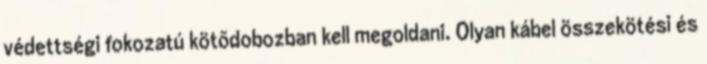
védettségi fokozatú kötõdobozban kell megoldani. Olyan kábel összekötési és